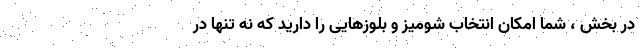
در بخش ، شما امکان انتخاب شومیز و بلوزهایی را دارید که نه تنها در